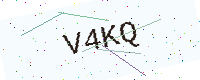
Text: V4KQ